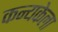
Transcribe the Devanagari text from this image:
कन्यकेला